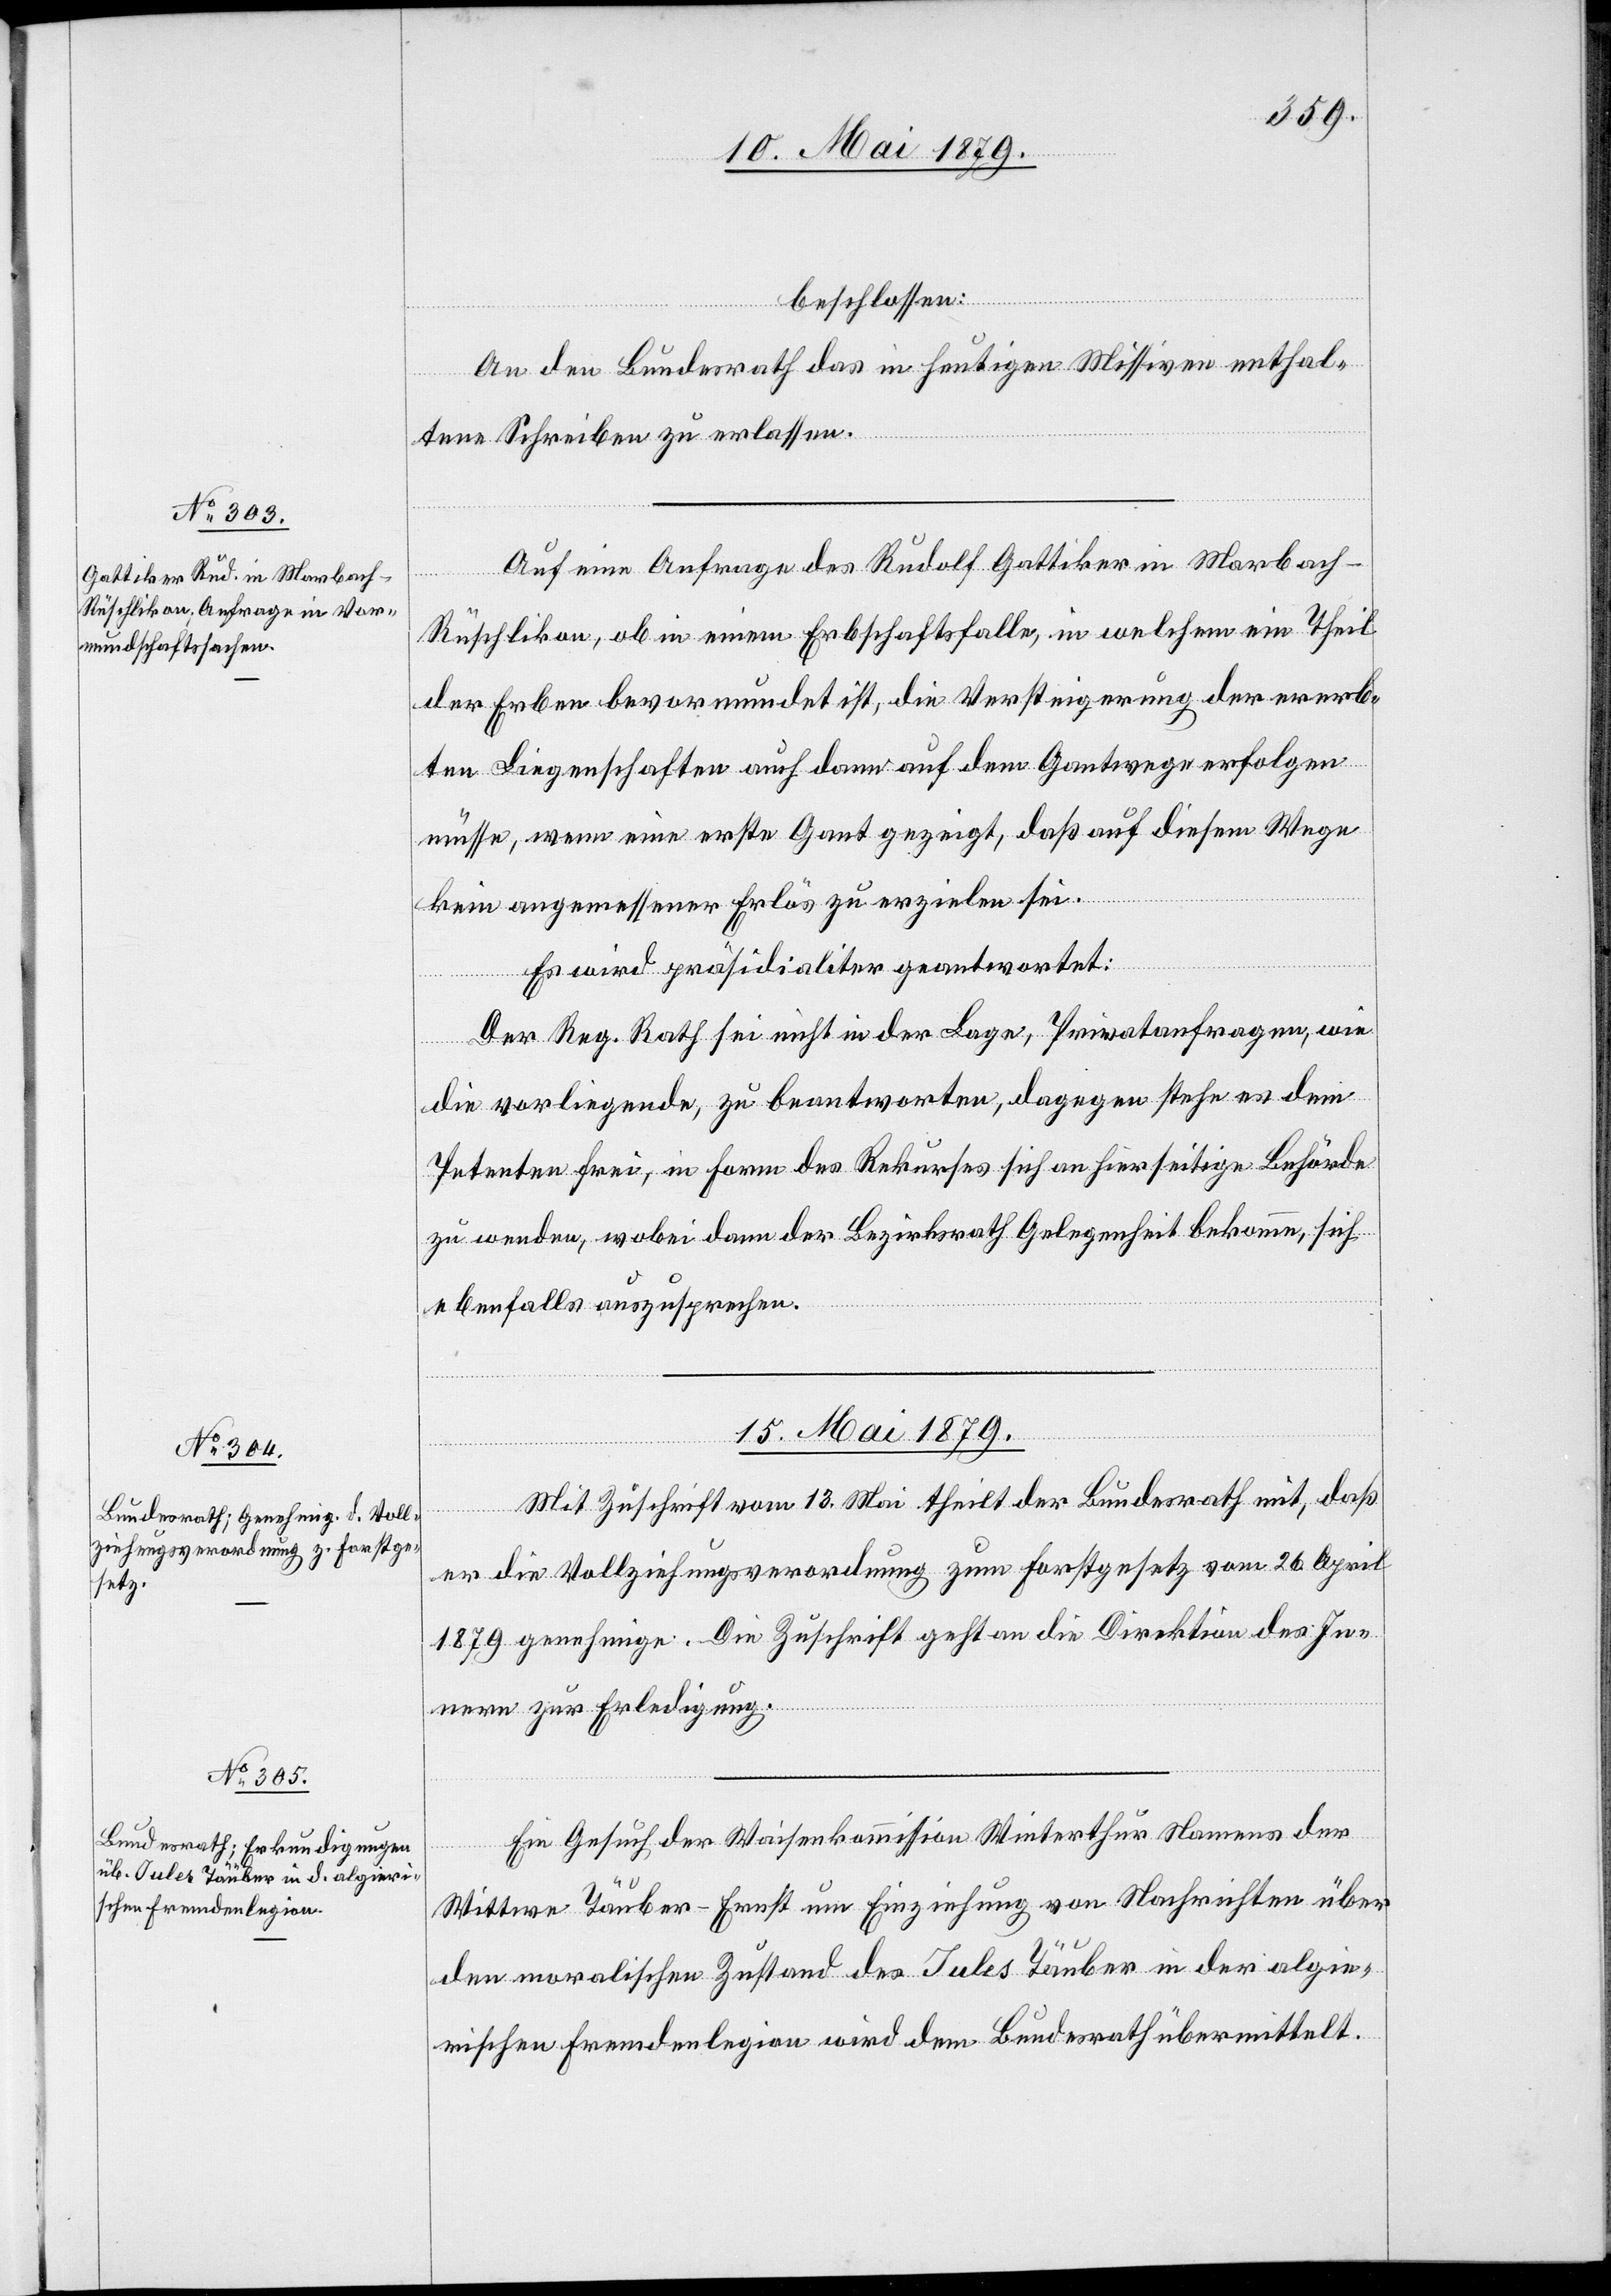
beschlossen:
An den Bundesrath das in heutigen Missiven enthal¬
tene Schreiben zu erlassen.
Auf eine Anfrage des Rudolf Gattiker in Marbach -
erfügungen.
Rüschlikon, ob in einem Erbschaftsfalle, in welchem ein Theil
der Erben bevormundet ist, die Versteigerung der ererb¬
ten Liegenschaften auch dann auf dem Gantwege erfolgen
müsse, wenn eine erste Gant gezeigt, daß auf diesem Wege
kein angemessener Erlös zu erzielen sei.
Es wird präsidialiter geantwortet:
Der Reg. Rath sei nicht in der Lage, Privatanfragen, wie
die vorliegende, zu beantworten, dagegen stehe es dem
Petenten frei, in Form des Rekurses sich an hierseitige Behörde
zu wenden, wobei dann der Bezirksrath Gelegenheit bekomme, sich
ebenfalls auszusprechen.
15. Mai 1879.]
Mit Zuschrift vom 13. Mai theilt der Bundesrath mit, daß
er die Vollziehungsverordnung zum Forstgesetz vom 26. April
1879 genehmige. Die Zuschrift geht an die Direktion des In¬
nern zur Erledigung.
Ein Gesuch der Waisenkommission Winterthur Namens der
Wittwe Täuber-Ernst um Einziehung von Nachrichten über
den moralischen Zustand des Jules Täuber in der algie¬
rischen Fremdenlegion wird dem Bundesrath übermittelt.